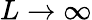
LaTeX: L\rightarrow\infty